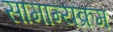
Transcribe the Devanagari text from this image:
सामान्यक्रम